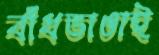
বাঁধভাঙাই